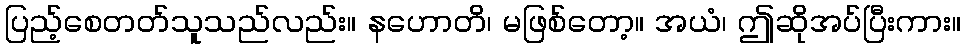
ပြည့်စေတတ်သူသည်လည်း။ နဟောတိ၊ မဖြစ်တော့။ အယံ၊ ဤဆိုအပ်ပြီးကား။